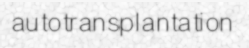
autotransplantation